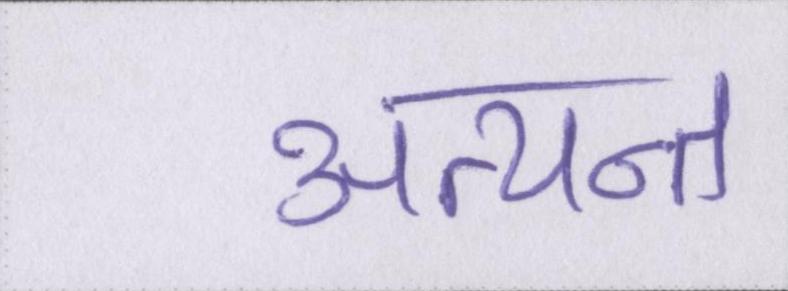
अत्यन्त